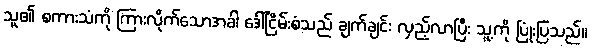
သူ၏ စကားသံကို ကြားလိုက်သောအခါ ဒေါ်ငြိမ်းစံသည် ချက်ချင်း လှည့်လာပြီး သူ့ကို ပြုံးပြသည်။